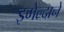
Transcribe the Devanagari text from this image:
इमेल्दाने